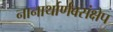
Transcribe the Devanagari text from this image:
नानार्थार्णवसंक्षेप